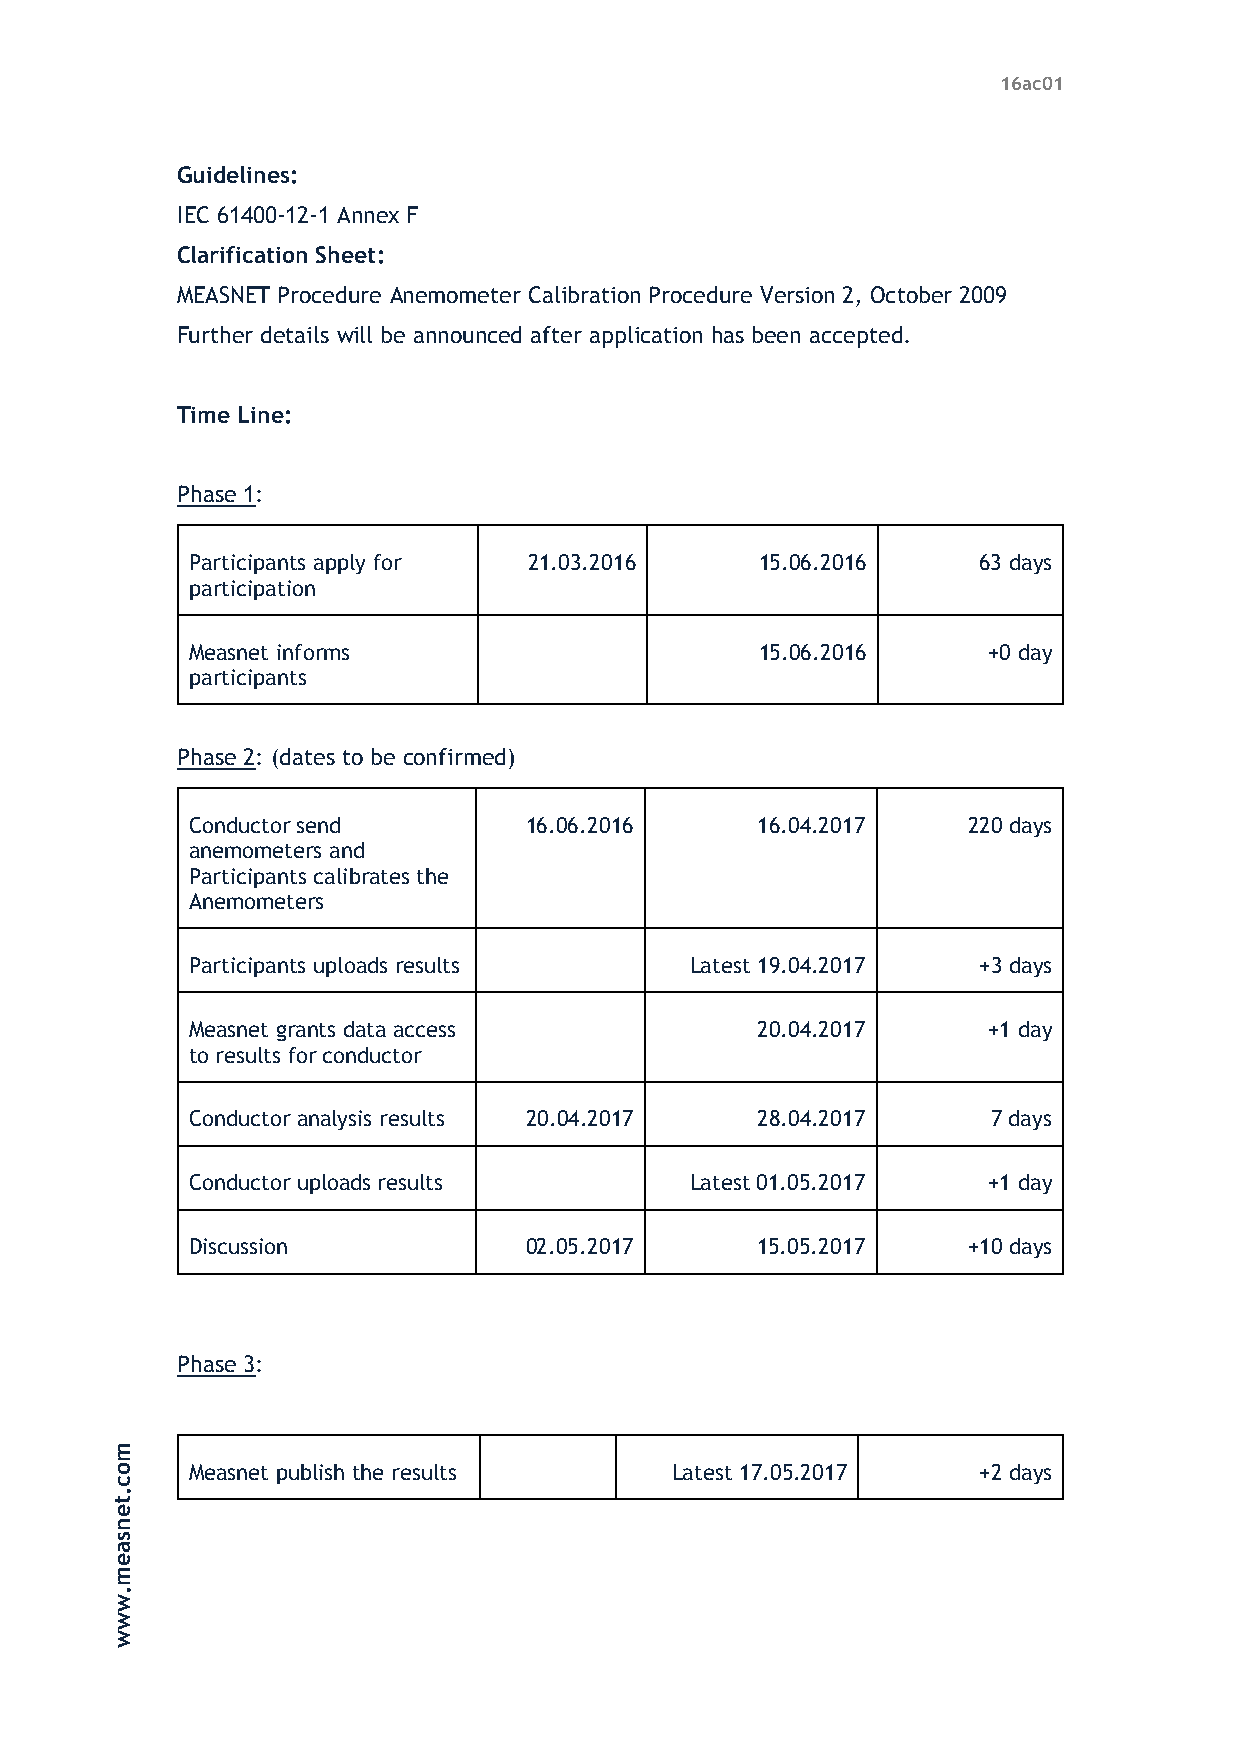
16ac01
 Guidelines:
 IEC 61400-12-1 Annex F
 Clarification Sheet:
 MEASNET Procedure Anemometer Calibration Procedure Version 2, October 2009
 Further details will be announced after application has been accepted.
 Time Line:
 Phase 1:
 Participants apply for 21.03.2016    15.06.2016     63 days
 participation
 Measnet informs                      15.06.2016     +0 day
 participants
 Phase 2: (dates to be confirmed)
 Conductor send        16.06.2016     16.04.2017    220 days
 anemometers and
 Participants calibrates the
 Anemometers
 Participants uploads results     Latest 19.04.2017  +3 days
 Measnet grants data access           20.04.2017     +1 day
 to results for conductor
 Conductor analysis results 20.04.2017 28.04.2017     7 days
 Conductor uploads results        Latest 01.05.2017  +1 day
 Discussion            02.05.2017     15.05.2017    +10 days
 Phase 3:
 m
 o     Measnet publish the results    Latest 17.05.2017    +2 days
 c
 .
 t
 e
 n
 s
 a
 e
 m
 .
 w
 w
 w
 M
 E